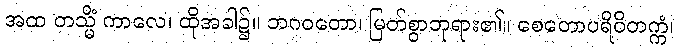
အထ တသ္မိံ ကာလေ၊ ထိုအခါ၌။ ဘဂဝတော၊ မြတ်စွာဘုရား၏။ စေတောပရိဝိတက္ကံ၊